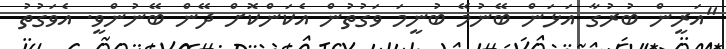
"އަރީން ބުރުގާ އަޅަން ބޭނުމޭ ބުނީމަ ވަގުތުން އެކަންކޮށް ދޭން ބޭނުންވީ. އެވަގުތު